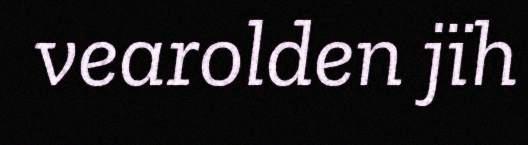
vearolden jïh